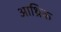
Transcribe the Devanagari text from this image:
आथ्रिक